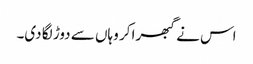
اس نے گبھرا کر وہاں سے دوڑ لگا دی۔